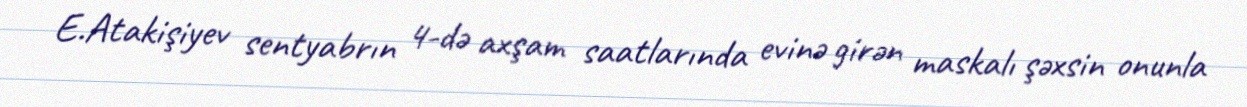
E.Atakişiyev sentyabrın 4-də axşam saatlarında evinə girən maskalı şəxsin onunla